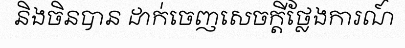
និងចិនបាន ដាក់ចេញសេចក្តីថ្លែងការណ៍